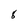
Character: 8